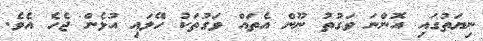
ނިޔަތުގައި އޮންނަ ވަގުތު ނޫން އެތައް ވަގުތަކު ހޭލައި އުޅެން ޖެހެ އެވެ.